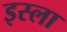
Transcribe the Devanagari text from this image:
इस्‍ला